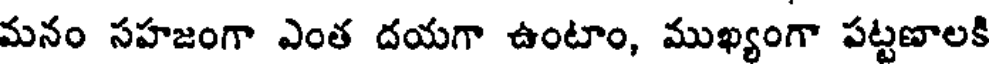
మనం సహజంగా ఎంత దయగా ఉంటాం, ముఖ్యంగా పట్టణాలకి